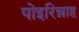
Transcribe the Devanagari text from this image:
पोइरिन्नाह